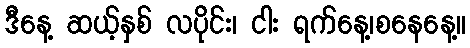
ဒီနေ့ ဆယ့်နှစ် လပိုင်း၊ ငါး ရက်နေ့၊စနေနေ့။